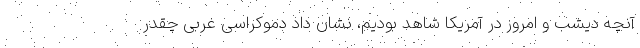
آنچه دیشب و امروز در آمریکا شاهد بودیم، نشان داد دموکراسی غربی چقدر